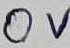
Text: 0V